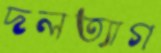
দলত্যাগ